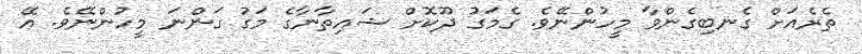
ތެރެއަށް ގެނބިގެންވާ މީހުންނޭވެ. ގެމަގު ދޫކޮށް ޝައިތާނާގެ މަގު ގަންނަ މީހުންނޭވެ. އޭ